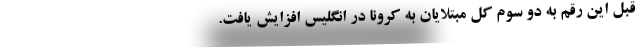
قبل این رقم به دو سوم کل مبتلایان به کرونا در انگلیس افزایش یافت.